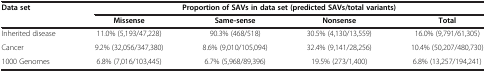
<table><thead><tr><td rowspan="2"><b>Data set</b></td><td colspan="4"><b>Proportion of SAVs in data set (predicted SAVs/total variants)</b></td></tr><tr><td><b>Missense</b></td><td><b>Same-sense</b></td><td><b>Nonsense</b></td><td><b>Total</b></td></tr></thead><tbody><tr><td>Inherited disease</td><td>11.0% (5,193/47,228)</td><td>90.3% (468/518)</td><td>30.5% (4,130/13,559)</td><td>16.0% (9,791/61,305)</td></tr><tr><td>Cancer</td><td>9.2% (32,056/347,380)</td><td>8.6% (9,010/105,094)</td><td>32.4% (9,141/28,256)</td><td>10.4% (50,207/480,730)</td></tr><tr><td>1000 Genomes</td><td>6.8% (7,016/103,445)</td><td>6.7% (5,968/89,396)</td><td>19.5% (273/1,400)</td><td>6.8% (13,257/194,241)</td></tr></tbody></table>